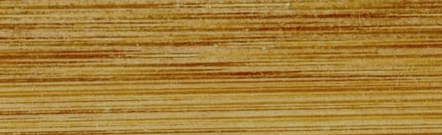
Under New Mgmt